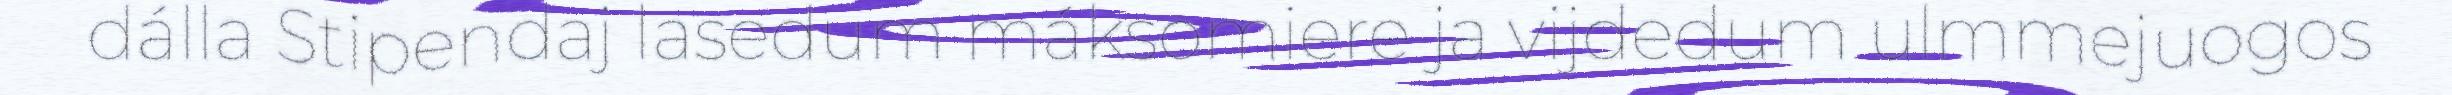
dálla Stipendaj lasedum máksomiere ja vijdedum ulmmejuogos